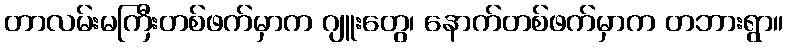
တာလမ်းမကြီးတစ်ဖက်မှာက ဂျူးတွေ၊ နောက်တစ်ဖက်မှာက တဘားရွာ။